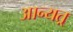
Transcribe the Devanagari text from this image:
आन्यत्र्